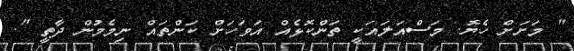
" މަށަށް ހެޔޮ. މަސްއަލައަކީ ތަންކޮޅެއް އަވަހަށް ކަންތައް ނިމެމުން ދާތީ ".